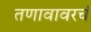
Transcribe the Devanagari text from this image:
तणावावरचं